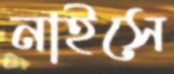
নাইসে